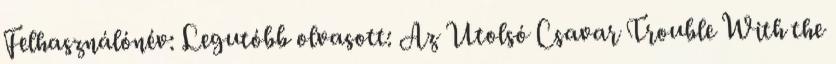
Felhasználónév: Legutóbb olvasott: Az Utolsó Csavar Trouble With the